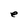
Character: e